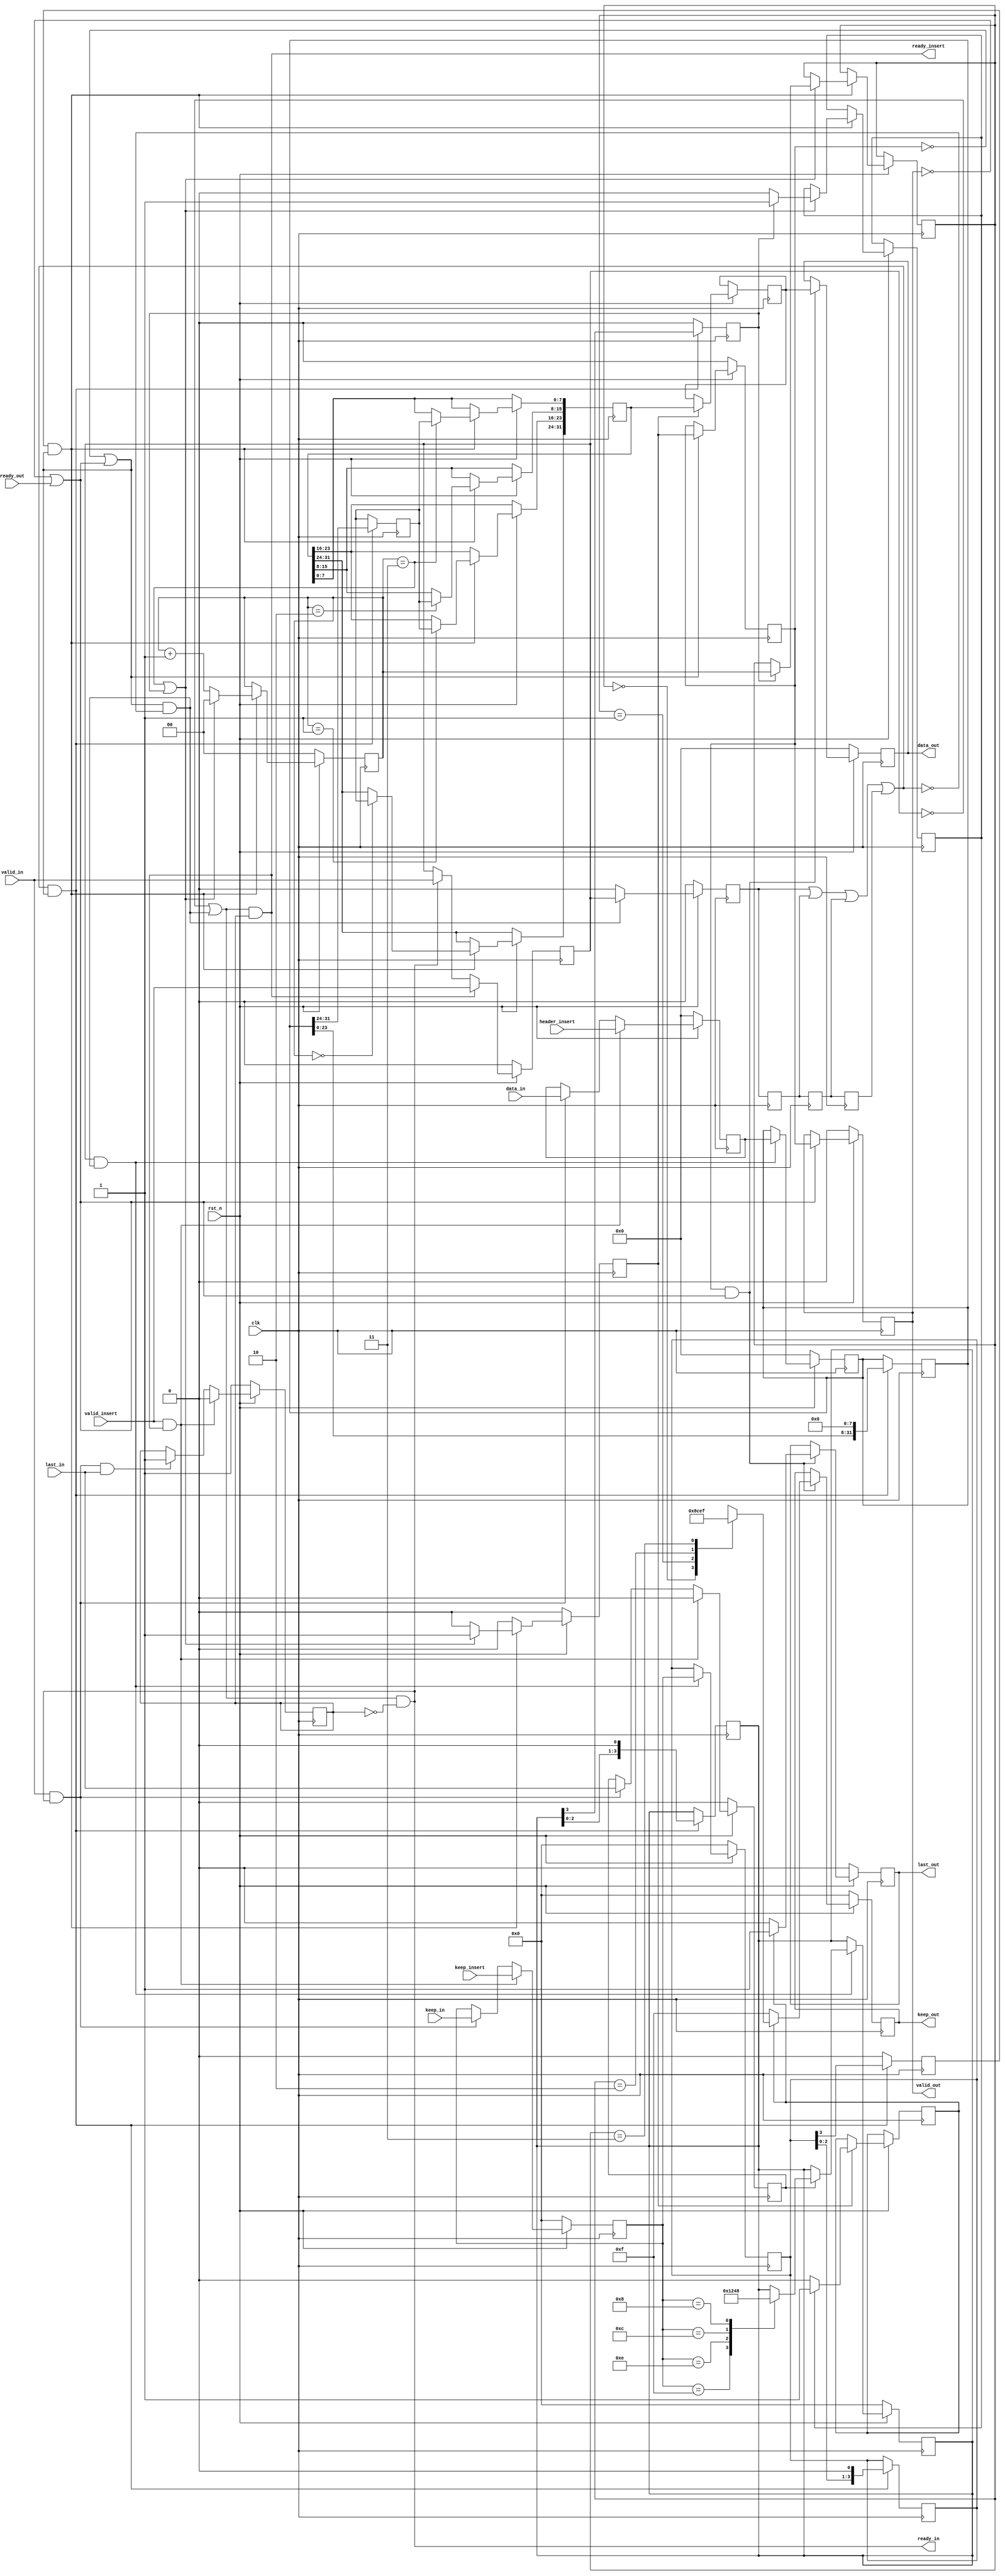
`timescale 1ns / 1ps
//////////////////////////////////////////////////////////////////////////////////
// Company: 
// Engineer: 
// 
// Design Name: 
// Module Name: TOP
// Project Name: 
// Target Devices: 
// Tool Versions: 
// Description: 
// 
// Dependencies: 
// 
// Revision:
// Revision 0.01 - File Created
// Additional Comments:
// 
//////////////////////////////////////////////////////////////////////////////////


module axi_stream_insert_header #(
parameter DATA_WD = 32,
parameter DATA_BYTE_WD = DATA_WD / 8
) (
input clk,
input rst_n,
// AXI Stream input original data
input valid_in,
input [DATA_WD-1 : 0] data_in,
input [DATA_BYTE_WD-1 : 0] keep_in,
input last_in,
output ready_in,
// AXI Stream output with header inserted
output reg valid_out,
output reg [DATA_WD-1 : 0] data_out,
output reg [DATA_BYTE_WD-1 : 0] keep_out,
output reg last_out,
input ready_out,
// The header to be inserted to AXI Stream input
input valid_insert,
input [DATA_WD-1 : 0] header_insert,
input [DATA_BYTE_WD-1 : 0] keep_insert,
output ready_insert
);

reg [DATA_BYTE_WD-1 : 0]    reg_r1_keep_in   ;
reg [DATA_WD-1 : 0]         reg_r1_data      ;
reg                         reg_r1_last      ;
reg                         flag         ;
reg                         valid_r1     ;
wire                        ready_r1     ;


reg [DATA_WD-1 : 0]         reg_data_p2s     ;
reg [DATA_BYTE_WD-1 : 0]    reg_keep_in_p2s  ;
reg [DATA_BYTE_WD-1 : 0]    reg_last_p2s     ;
reg [8-1 : 0]               reg_data_r2      ;
reg                         flag_p2s     ;
reg                         flag_p2s_d1  ;
reg                         flag_p2s_d2  ;
reg                         flag_p2s_d3  ;
reg                         valid_r2     ;
reg                         last_r2      ;
wire                        wire_enbale_p2s   ;
wire                        ready_r2     ;     

reg [DATA_WD-1 : 0]         reg_data_r3      ;
reg [DATA_BYTE_WD-1 : 0]    reg_keep_out_r3  ;
reg [1:0]                   reg_last_posion  ;
reg [1:0]                   cnt_s2p      ;
reg [DATA_WD-1 : 0]         reg_data_s2p     ;
reg                         last_flag    ;
reg                         flag_s2p     ;
reg                         last_r3      ;        
reg                         valid_r3     ;
wire                        ready_r3     ;

//  

assign ready_in = (~valid_r1 || ready_r1 ) & (~flag);
assign ready_insert = (~valid_r1 || ready_r1) & flag;

always @(posedge clk ) 
begin
    if (~rst_n) 
    begin
        flag <= 1;
    end
    else if (valid_insert & ready_insert)
    begin
        flag <= 0;
    end
    else if (valid_in & ready_in & last_in)
    begin
        flag <= 1;
    end
end


always @(posedge clk ) 
begin
    if (~rst_n) 
    begin
        valid_r1 <= 0;
    end 
    else 
    begin
        if (ready_insert) 
        begin
            valid_r1 <= valid_insert;
        end
        else if (ready_in)
        begin
            valid_r1 <= valid_in;
        end
    end    
end

always @(posedge clk ) 
begin
    if (~rst_n) 
    begin
        reg_r1_keep_in <= 0;
        reg_r1_data <= 0;
        reg_r1_last <= 0;
    end    
    else
    begin
        if (valid_insert & ready_insert) 
        begin
            reg_r1_keep_in <= keep_insert;
            reg_r1_data <= header_insert;
            reg_r1_last <= 0;
        end
        else if (valid_in & ready_in)
        begin
            reg_r1_keep_in <= keep_in;
            reg_r1_data <= data_in;
            reg_r1_last <= last_in;
        end
    end
end

//  

assign ready_r1 =  ready_r2 & ~wire_enbale_p2s;

always @(posedge clk ) 
begin
    if (~rst_n)
    begin
        flag_p2s <= 0;
    end
    else if (ready_r1)
    begin
        flag_p2s <= valid_r1;
    end
    else
    begin
        flag_p2s <= 0;
    end
end

always @(posedge clk ) 
begin
    if (~rst_n) 
    begin
        reg_last_p2s <= 0;
        reg_data_p2s <= 0;
        reg_keep_in_p2s <= 0;
    end 
    else 
    begin
        if (valid_r1 & ready_r1) 
        begin
            // flag_p2s <= 1;
            reg_data_p2s <= reg_r1_data;
            reg_keep_in_p2s <= reg_r1_keep_in;
            if (reg_r1_last) 
            begin
                case (reg_r1_keep_in)
                    4'b1111: reg_last_p2s <= 4'b0001;
                    4'b1110: reg_last_p2s <= 4'b0010;
                    4'b1100: reg_last_p2s <= 4'b0100;
                    4'b1000: reg_last_p2s <= 4'b1000;
                endcase               
            end
        end
        // else
        // begin
        //     flag_p2s <= 0;           
        // end
    end
end

always @(posedge clk ) 
begin
    flag_p2s_d1 <= flag_p2s;
    flag_p2s_d2 <= flag_p2s_d1;
    flag_p2s_d3 <= flag_p2s_d2;
end

assign wire_enbale_p2s = flag_p2s || flag_p2s_d1 || flag_p2s_d2 || flag_p2s_d3;

always @(posedge clk ) 
begin
    if (wire_enbale_p2s & ready_r2) 
    begin
        reg_keep_in_p2s <= reg_keep_in_p2s << 1;
        reg_data_p2s <= reg_data_p2s << 8;
        reg_last_p2s <= reg_last_p2s << 1;

        reg_data_r2 <= reg_data_p2s[DATA_WD-1:DATA_WD-8];
        valid_r2 <= reg_keep_in_p2s[3];
        last_r2 <= reg_last_p2s[3];
    end   
    else
    begin
        last_r2 <= 0;
        valid_r2 <= 0;
    end 
end

//  

assign ready_r2 = ~valid_r3 || ready_r3;

always @(posedge clk ) 
begin
    if (~rst_n) 
    begin
        valid_r3 <= 0;
    end
    else if (ready_r2)
    begin
        valid_r3 <= flag_s2p;
    end
end

always @(posedge clk ) 
begin
    if (~rst_n) 
    begin
        cnt_s2p <= 0;
        flag_s2p <= 0;
    end 
    else 
    begin
        if (flag_s2p) 
        begin
            // valid_r3 <= 1;
            reg_data_r3 <= reg_data_s2p;           
            if (last_flag) 
            begin
                last_r3 <= 1;
                reg_keep_out_r3 <= reg_last_posion;
            end
            else
            begin
                last_r3 <= 0;
                reg_keep_out_r3 <= 0;
            end
        end
        // else
        //     // valid_r3 <= 0;

        if (valid_r2 & ready_r2) 
        begin               
            if (cnt_s2p == 3 || last_r2) 
            begin
                flag_s2p <= 1;
                cnt_s2p <= 0;     
                if (last_r2) 
                begin
                    last_flag <= 1;
                    reg_last_posion <= cnt_s2p;
                end
                else
                begin
                    last_flag <= 0;
                end          
            end 
            else 
            begin
                flag_s2p <= 0;
                cnt_s2p <= cnt_s2p + 1;
            end
            
            case (cnt_s2p)
                2'b00: reg_data_s2p[DATA_WD-1 :DATA_WD-8 ] <= reg_data_r2;
                2'b01: reg_data_s2p[DATA_WD-9 :DATA_WD-16] <= reg_data_r2;
                2'b10: reg_data_s2p[DATA_WD-17:DATA_WD-24] <= reg_data_r2;
                2'b11: reg_data_s2p[DATA_WD-25:DATA_WD-32] <= reg_data_r2;
            endcase 
        end
        else 
        begin
            flag_s2p <= 0;
        end
            
    end
end

//  

assign ready_r3 = ~valid_out || ready_out;

always @(posedge clk ) 
begin
    if (~rst_n) 
    begin
        valid_out <= 0;
    end
    else if (ready_r3)
    begin
        valid_out <= valid_r3;
    end
end


always @(posedge clk ) 
begin
    if (~rst_n) 
    begin
        // valid_out <= 0;
        data_out <= 0;
        keep_out <= 0;
        last_out <= 0;
    end 
    else 
    begin
        // valid_out <= valid_r3 & ready_r3;

        if (valid_r3 & ready_r3) 
        begin            
            data_out <= reg_data_r3;
            if (last_r3)
            begin
                last_out <= 1;
                case (reg_last_posion)
                    0: keep_out <= 4'b1000;
                    1: keep_out <= 4'b1100;
                    2: keep_out <= 4'b1110;
                    3: keep_out <= 4'b1111;
                endcase
            end
            else
            begin
                last_out <= 0;
                keep_out <= 4'b1111;
            end
        end
    end
end


endmodule